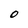
Character: O